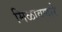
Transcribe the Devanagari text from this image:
मिळावणारे